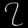
Digit: ၇